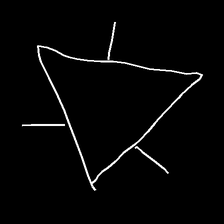
Glyph: fire